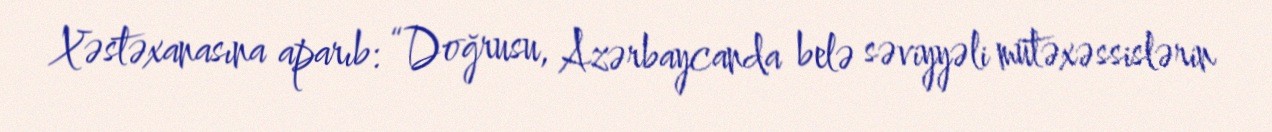
Xəstəxanasına aparıb: “Doğrusu, Azərbaycanda belə səviyyəli mütəxəssislərin